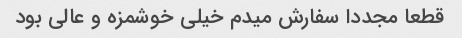
قطعا مجددا سفارش میدم خیلی خوشمزه و عالی بود